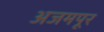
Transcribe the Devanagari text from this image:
अजमपूर